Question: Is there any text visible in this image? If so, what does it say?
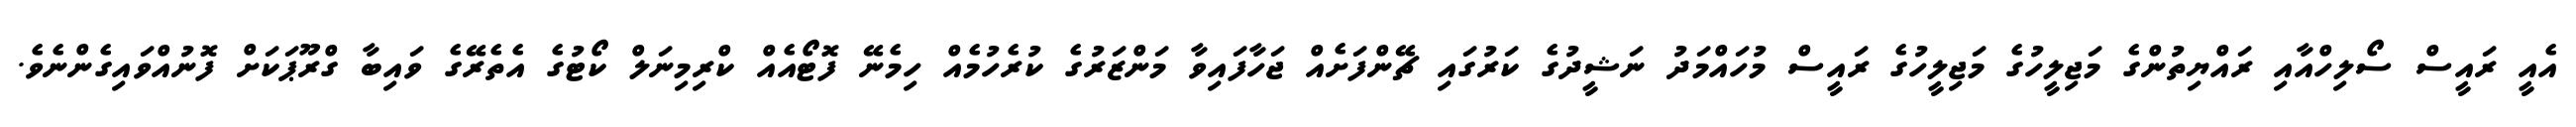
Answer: އެއީ ރައީސް ސޯލިހްއާއި ރައްޔިތުންގެ މަޖިލީހުގެ މަޖިލީހުގެ ރައީސް މުހައްމަދު ނަޝީދުގެ ކަރުގައި ޗޭންފަށެއް ޖަހާފައިވާ މަންޒަރުގެ ކުރެހުމެއް ހިމެނޭ ފޮޓޯއެއް ކްރިމިނަލް ކޯޓުގެ އެތެރޭގެ ވައިބާ ގްރޫޕަކަށް ފޮނުއްވައިގެންނެވެ.